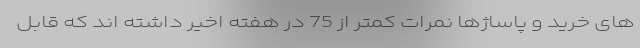
های خرید و پاساژها نمرات کمتر از 75 در هفته اخیر داشته اند که قابل